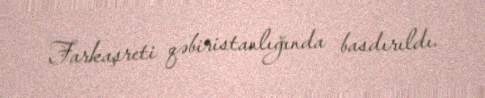
Farkaşreti qəbiristanlığında basdırıldı.